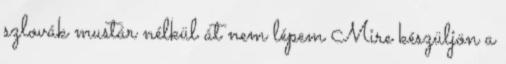
szlovák mustár nélkül át nem lépem Mire készüljön a